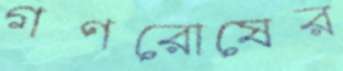
গণরোষের